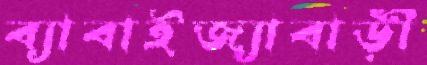
ব্যাবাইজ্যাবাড়ী